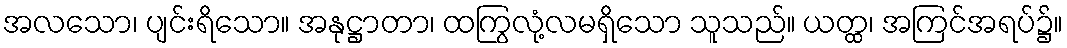
အလသော၊ ပျင်းရိသော။ အနုဋ္ဌာတာ၊ ထကြွလုံ့လမရှိသော သူသည်။ ယတ္ထ၊ အကြင်အရပ်၌။